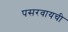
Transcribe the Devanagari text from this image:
पसरवायची